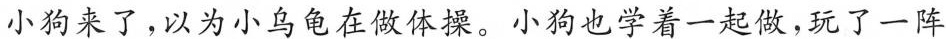
小狗来了，以为小乌龟在做体操。小狗也学着一起做，玩了一阵